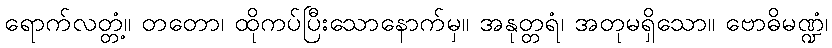
ရောက်လတ္တံ့။ တတော၊ ထိုကပ်ပြီးသောနောက်မှ။ အနုတ္တရံ၊ အတုမရှိသော။ ဗောဓိမဏ္ဍံ၊